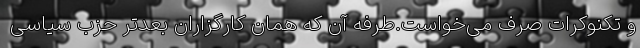
و تکنوکرات صرف می‌خواست.طُرفه آن که همان کارگزاران بعدتر حزب سیاسی